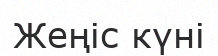
Жеңіс күні